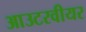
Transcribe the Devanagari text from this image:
आउटरवीयर